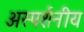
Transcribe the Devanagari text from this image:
अस्पर्शनीय